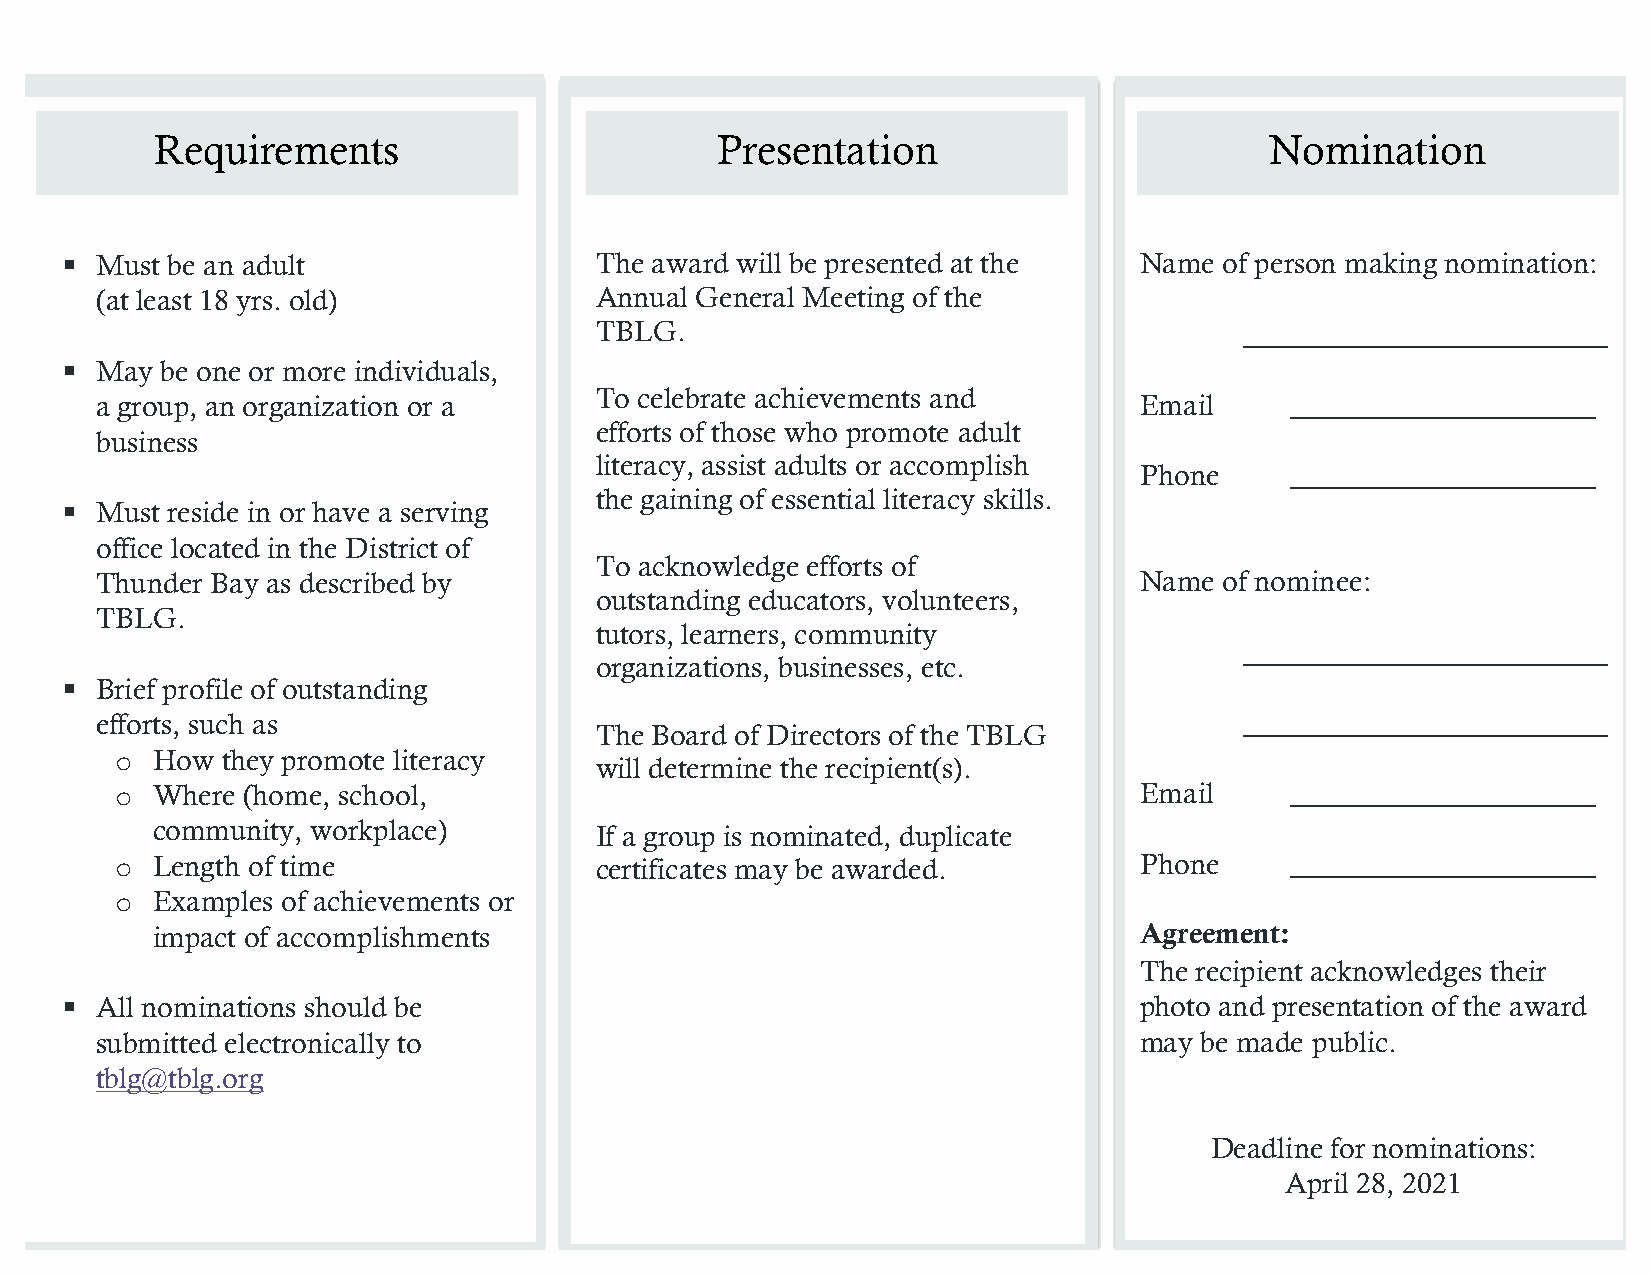
Requirements                         Presentation                         Nomination
 § Must be an adult                The award will be presented at the  Name  of person making nomination:
 (at least 18 yrs. old)           Annual General Meeting of the
 TBLG.                                      _________________________
 § May be one or more individuals,
 To celebrate achievements and
 a group, an organization or a                                        Email     _____________________
 efforts of those who promote adult
 business
 literacy, assist adults or accomplish
 Phone     _____________________
 the gaining of essential literacy skills.
 § Must reside in or have a serving
 office located in the District of
 To acknowledge efforts of
 Thunder Bay as described by                                          Name  of nominee:
 outstanding educators, volunteers,
 TBLG.
 tutors, learners, community
 _________________________
 organizations, businesses, etc.
 § Brief profile of outstanding
 efforts, such as                                                            _________________________
 The Board of Directors of the TBLG
 o How  they promote literacy
 will determine the recipient(s).
 o Where (home, school,                                             Email     _____________________
 community, workplace)        If a group is nominated, duplicate
 o Length of time               certificates may be awarded.        Phone     _____________________
 o Examples of achievements or
 impact of accomplishments                                        Agreement:
 The recipient acknowledges their
 § All nominations should be                                           photo and presentation of the award
 submitted electronically to                                          may be made public.
 tblg@tblg.org
 Deadline for nominations:
 April 28, 2021